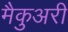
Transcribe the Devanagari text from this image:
मैकुअरी